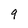
Character: 9